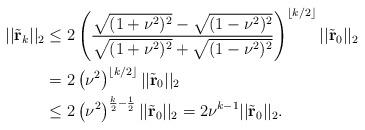
LaTeX: \begin{align*}||\tilde{\bf r}_k||_2&\leq 2\left(\frac{\sqrt{(1+\nu^2)^2}-\sqrt{(1-\nu^2)^2}}{\sqrt{(1+\nu^2)^2}+\sqrt{(1-\nu^2)^2}}\right)^{\lfloor k/2\rfloor}||\tilde{\bf r}_0||_2\\&= 2\left(\nu^2\right)^{\lfloor k/2\rfloor}||\tilde{\bf r}_0||_2\\&\leq 2\left(\nu^2\right)^{\frac{k}{2}-\frac{1}{2}}||\tilde{\bf r}_0||_2=2\nu^{k-1}||\tilde{\bf r}_0||_2.\end{align*}